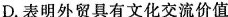
D.表明外贸具有文化交流价值